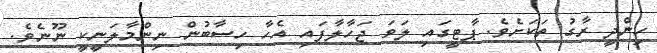
ހިންދީ ރާގު ތަކަށެވެ. ޕާޓީގައި ލަވަ ޖަހާލާފައި އެހާ ހިސާބުން ނިންމާލަނީކީ ނޫނެވެ.